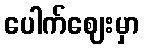
ပေါက်ဈေးမှာ